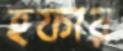
হফার